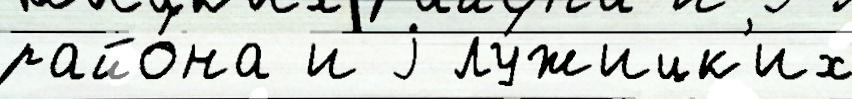
райо́на и j лу́жицк'их